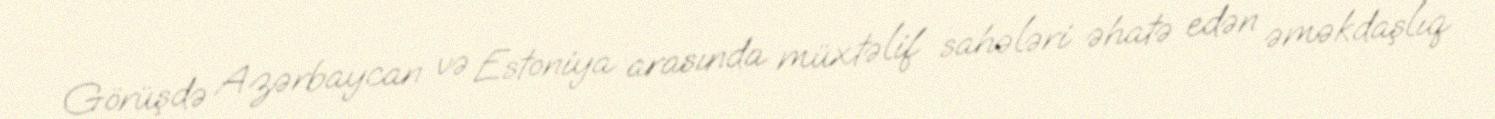
Görüşdə Azərbaycan və Estoniya arasında müxtəlif sahələri əhatə edən əməkdaşlıq